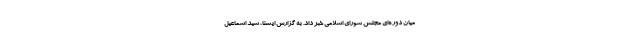
میان دوره‌ای مجلس شورای اسلامی خبر داد. به گزارش ایسنا، سید اسماعیل